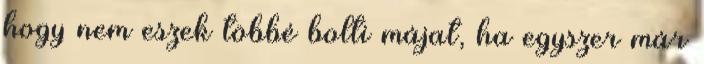
hogy nem eszek többé bolti májat, ha egyszer már